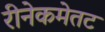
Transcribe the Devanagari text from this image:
रीनेकमेतट